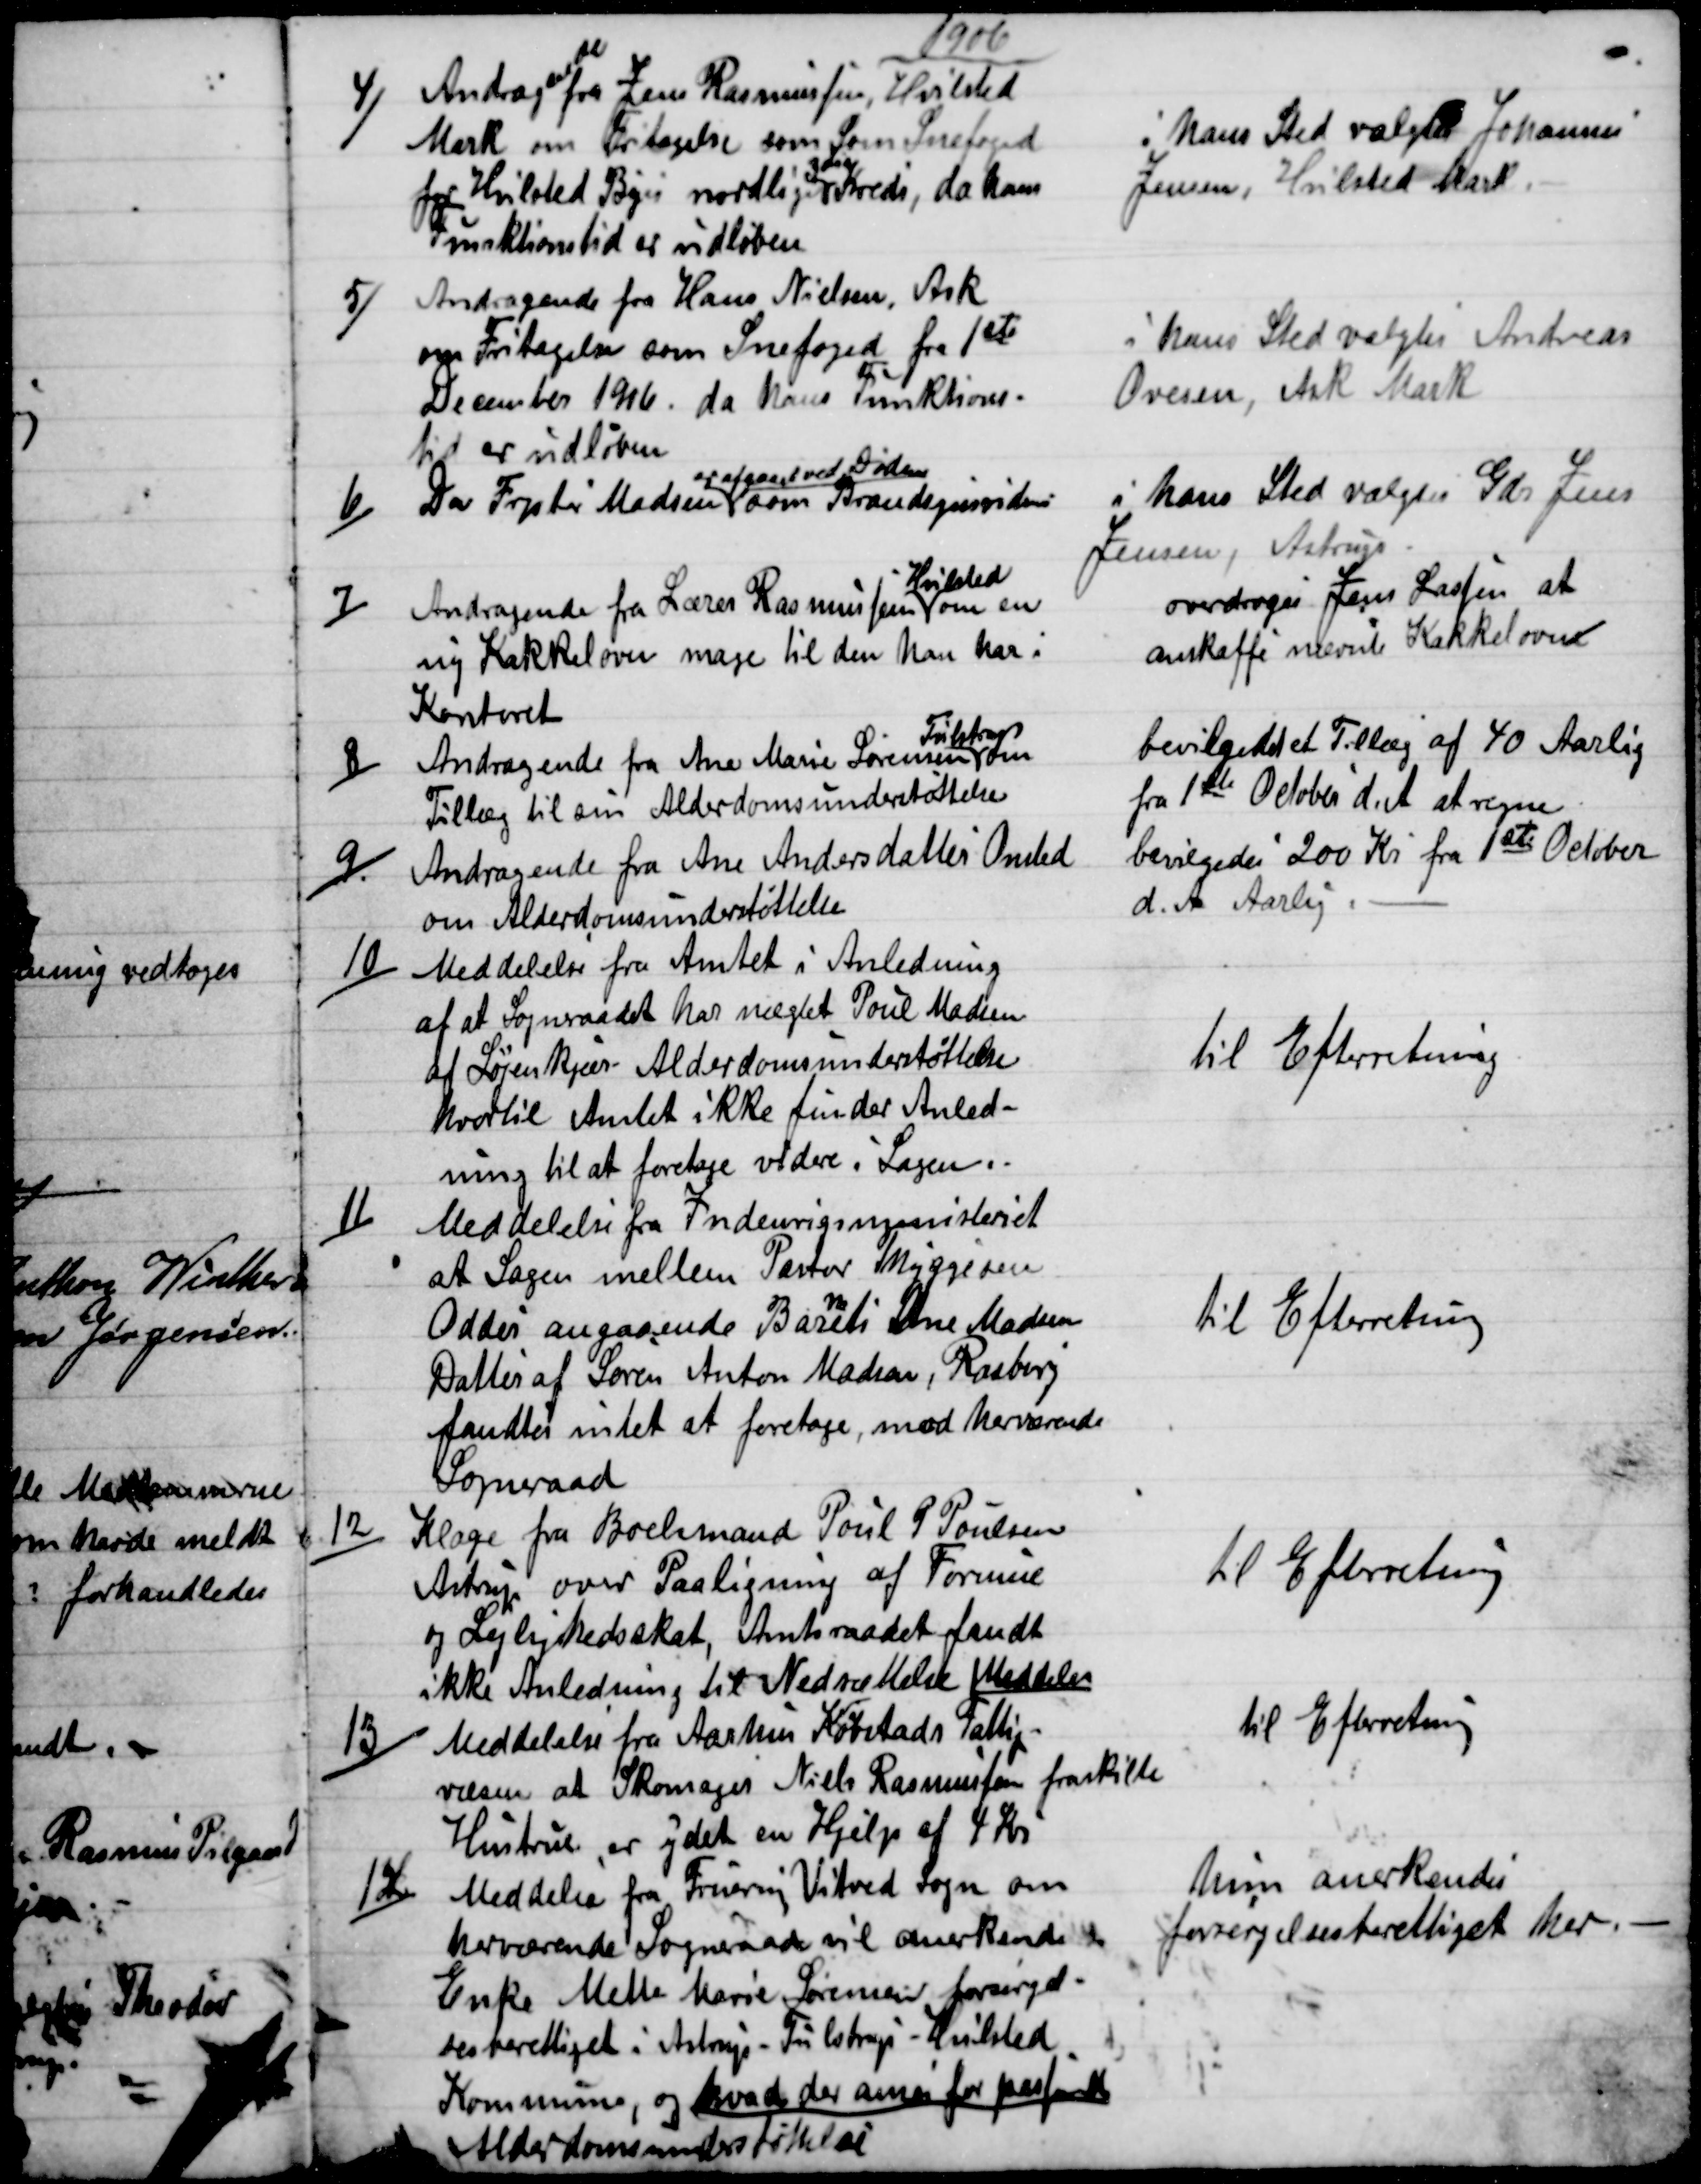
Transskription:
1906
4)
Andrag
ende
fra Jens Rasmussen, Hvilsted
Mark om Fritagelse Som Snefoged
for Hvilsted Byes nordlige 
3die
Kreds, da hans
Funktionstid er udløben
i hans Sted valgtes Johannes
Jensen, Hvilsted Mark.
5)
Andragende fra Hans Nielsen, Ask
om Fritagelse som Snefoged fra 1ste
December 1906, da hans Funktions-
tid er udløben
i hans Sted valgtes Andreas
Ovesen, Ask Mark
6)
Da Frpter Madsen 
er afgaaet ved Døden
som Brandsynsvidne
i hans Sted valgtes Gdr Jens
Jensen, Astrup
7)
Andragende fra Lærer Rasmussen 
Hvilsted
om en
ny Kakkelovn mage til den han har i
Kontoret
overdroges Jens Lassen at
anskaffe nævnte Kakkelovn
8)
Andragende fra Ane Marie Sørensen
Tulstrup
om
Tillæg til sin Alderdomsunderstøttelse
bevilgedes et Tillæg af 40 Aarlig
fra 1ste October d. A. at regne
9.)
Andragende fra Ane Andersdattes Onsted
om Alderdomsunderstøttelse
bevilgedes 200 Kr fra 1ste October
d. A. Aarlig.
10)
Meddelelse fra Amtet i Anledning
af at Sogneraadet har nægtet Poul Madsen
af Løjenkjær Alderdomsunderstøttelse
hvortil Amtet ikke finder Anled-
ning til at foretage videre i Sagen.
til Efterretning
11)
Meddelelse fra Indenrigsministeriet
at Sagen mellem Pastor Thyggesen
Odder angaaende Bar
n
ets Ane Madsen
Datter af Søren Anton Madsen, Rasborg
fandtes intet at foretage, mod herværende
Sogneraad.
Til Efterretning
12)
Klage fra Boelsmand Poul P Poulsen
Astrup over Paaligning af Formue
og Lejlighedsskat, Amtsraadet fandt
ikke Anledning til Nedsættelse Meddeles
til Efterretning
13)
Meddelelse fra Aarhus Købstads Fattig-
væsen at Skomager Niels Rasmussen fraskilte
Hustru er ydet en Hjelp af 4 Kr.
til Efterretning
14)
Meddelse fra Fruering Vitved sogn om
herværende Sogneraad vil anerkende 
Enke Mette Marie Sørensen forsøgel-
sesberettiget i Astrup-Tulstrup-Hvilsted
Kommune, og hvad der anses for passende
Alderdomsunderstøttelse.
hun anerkendes
forsørgelsesberettiget her.